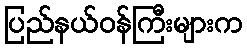
ပြည်နယ်ဝန်ကြီးများက